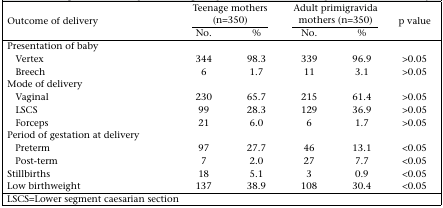
<table><thead><tr><td rowspan="2"><b>Outcome of delivery</b></td><td colspan="2"><b>Teenage mothers (n=350)</b></td><td colspan="2"><b>Adult primigravida mothers (n=350)</b></td><td rowspan="2"><b>p value</b></td></tr><tr><td><b>No.</b></td><td><b>%</b></td><td><b>No.</b></td><td><b>%</b></td></tr></thead><tbody><tr><td>Presentation of baby</td><td></td><td></td><td></td><td></td><td></td></tr><tr><td>Vertex</td><td>344</td><td>98.3</td><td>339</td><td>96.9</td><td>&gt;0.05</td></tr><tr><td>Breech</td><td>6</td><td>1.7</td><td>11</td><td>3.1</td><td>&gt;0.05</td></tr><tr><td>Mode of delivery</td><td></td><td></td><td></td><td></td><td></td></tr><tr><td>Vaginal</td><td>230</td><td>65.7</td><td>215</td><td>61.4</td><td>&gt;0.05</td></tr><tr><td>LSCS</td><td>99</td><td>28.3</td><td>129</td><td>36.9</td><td>&gt;0.05</td></tr><tr><td>Forceps</td><td>21</td><td>6.0</td><td>6</td><td>1.7</td><td>&gt;0.05</td></tr><tr><td>Period of gestation at delivery</td><td></td><td></td><td></td><td></td><td></td></tr><tr><td>Preterm</td><td>97</td><td>27.7</td><td>46</td><td>13.1</td><td>&lt;0.05</td></tr><tr><td>Post-term</td><td>7</td><td>2.0</td><td>27</td><td>7.7</td><td>&lt;0.05</td></tr><tr><td>Stillbirths</td><td>18</td><td>5.1</td><td>3</td><td>0.9</td><td>&lt;0.05</td></tr><tr><td>Low birthweight</td><td>137</td><td>38.9</td><td>108</td><td>30.4</td><td>&lt;0.05</td></tr></tbody></table>